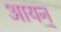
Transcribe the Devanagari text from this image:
आयन्